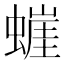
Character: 𰳘